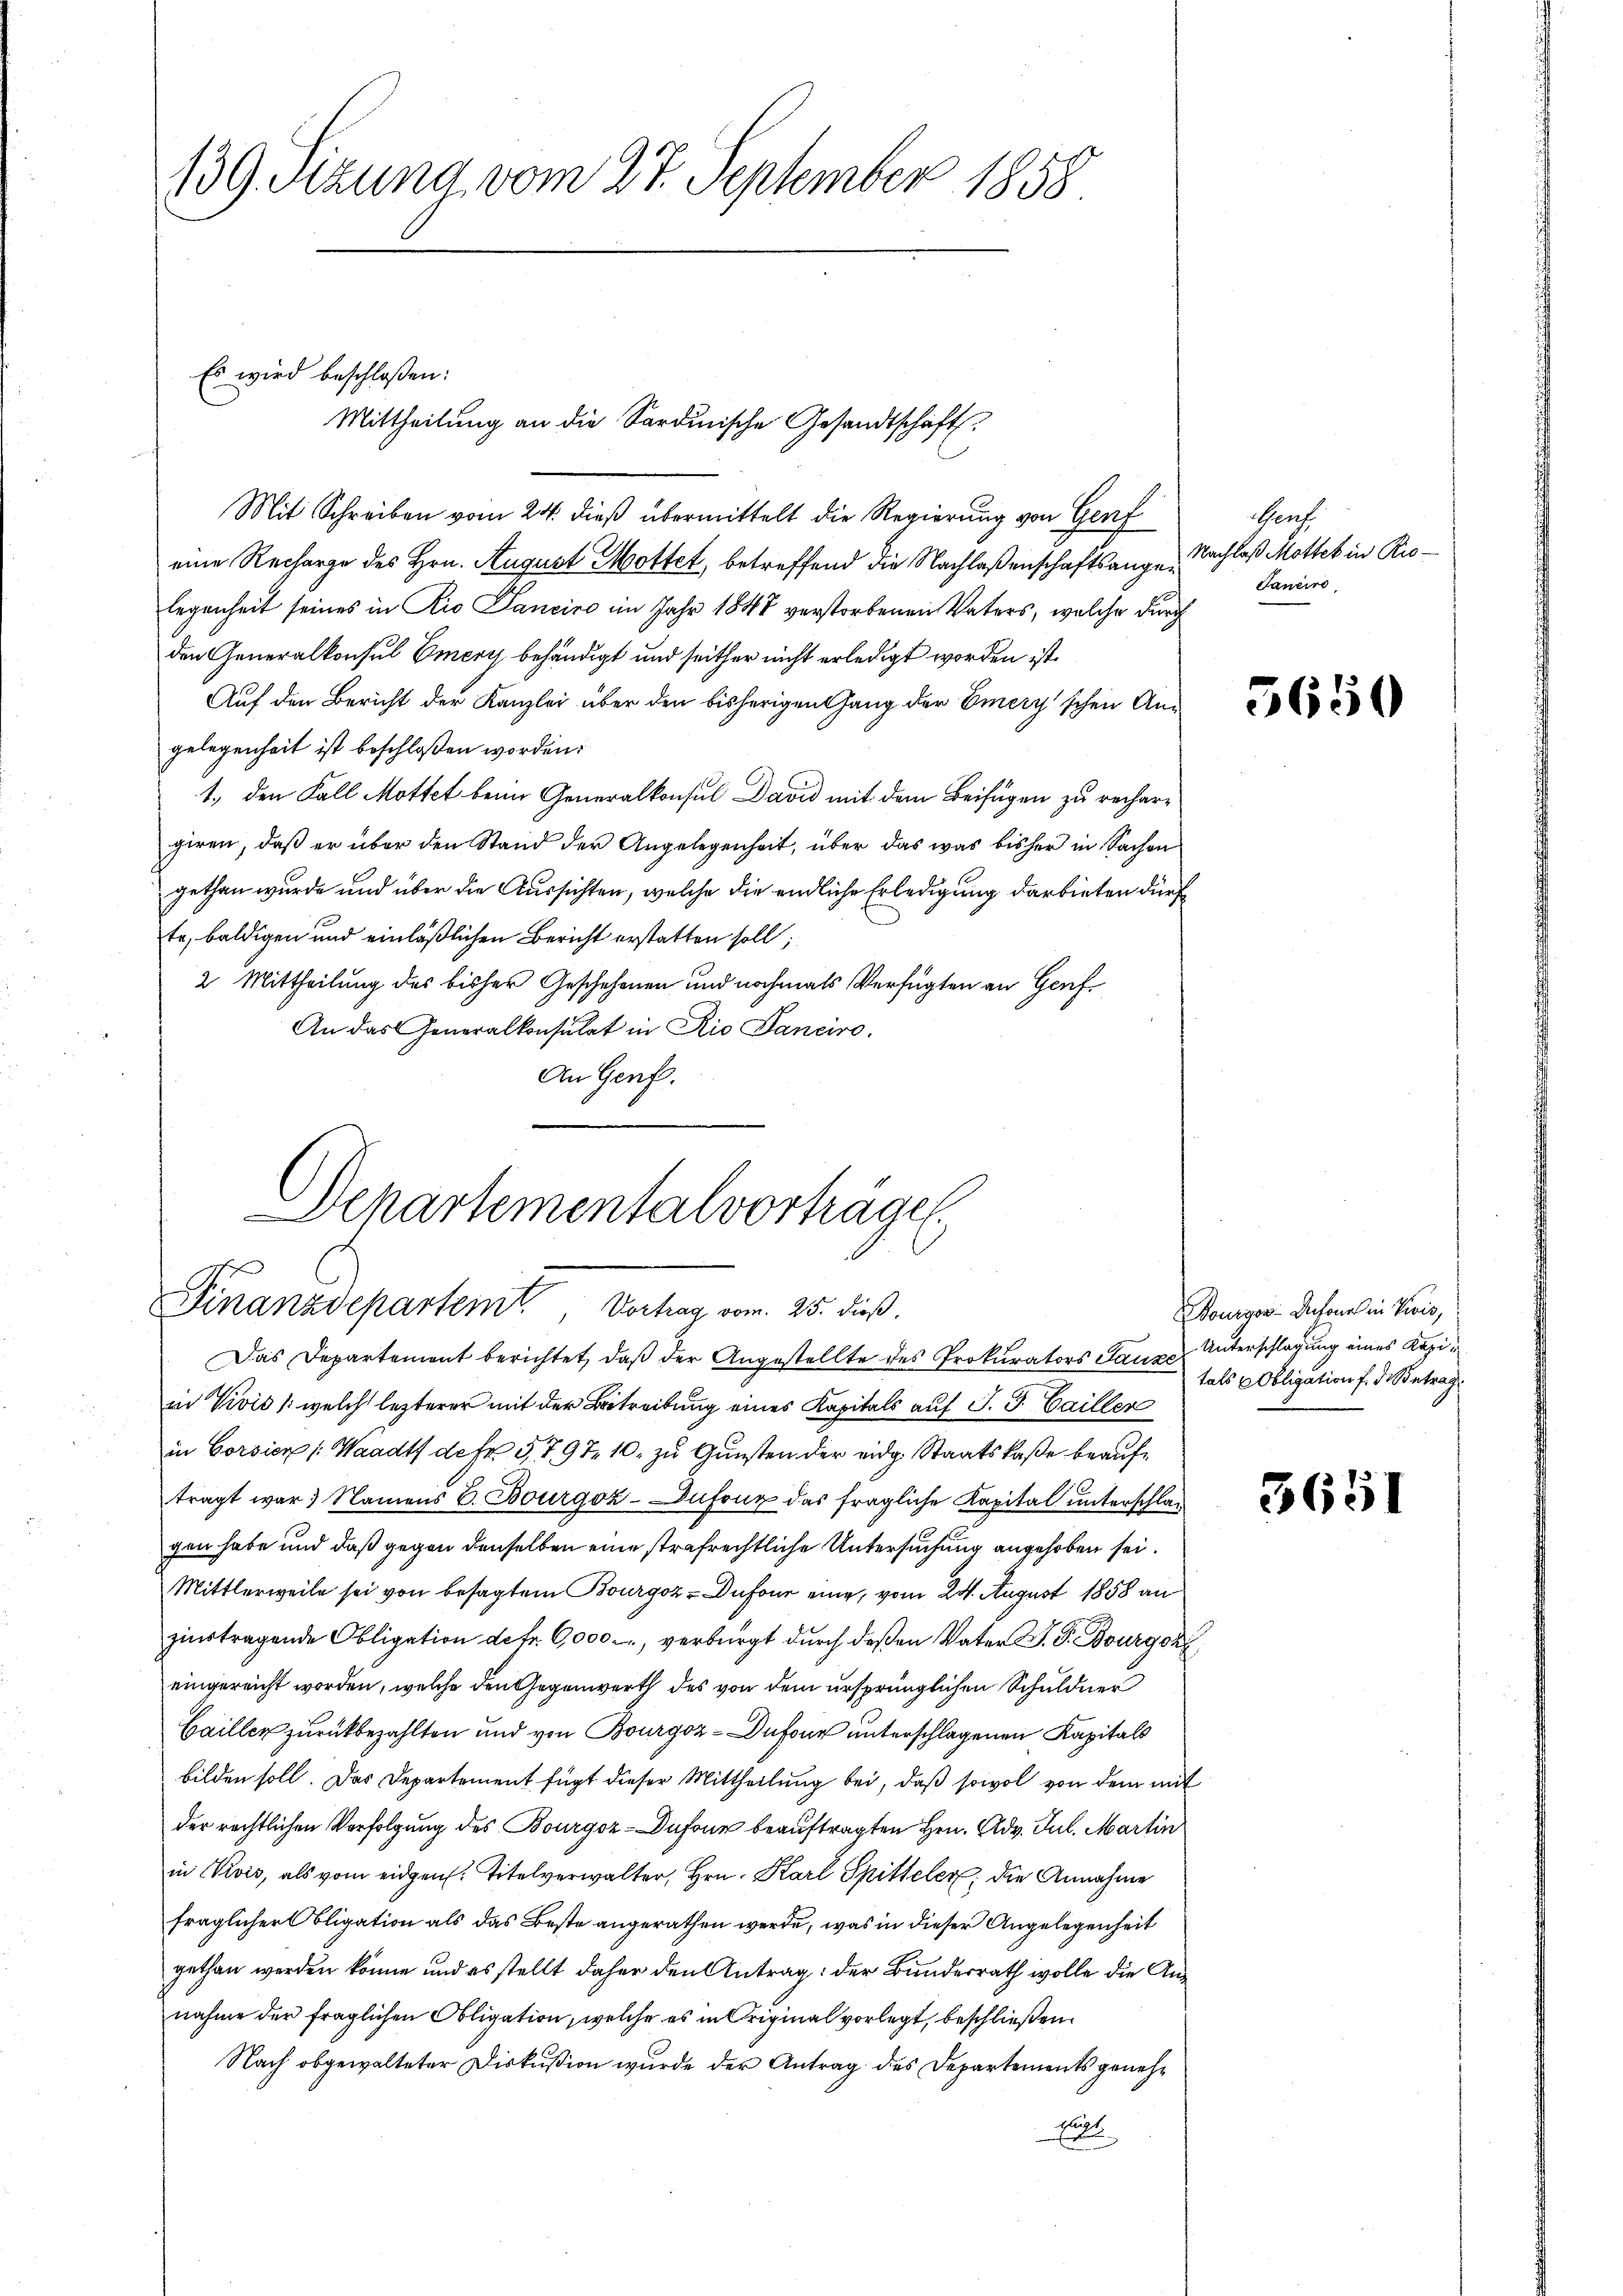
139 Sizung vom 27. September 1858.

Es wird beschloßen:
Mittheilung an die Sardinische Gesandtschaft.
Mit Schreiben vom 24. dieß übermittelt die Regierung von Genf

eine Recharge des Hrn. August Mottet, betreffend die Nachlaßenschaftsangelegenheit seines in Rio Sanciro im Jahr 1848 verstorbenen Vaters, welche durch
den Generalkonsul Emery behändigt und seither nicht erledigt worden ist.
Auf den Bericht der Kanzlei über den bisherigen Gang der Emery'schen Angelegenheit ist beschloßen worden.
1., den Fall Mottet beim Generalkonsul David mit dem Beifügen zu rechergiren, daß er über den Stand der Angelegenheit, über das was bisher in Sachen
gethan wurde und über die Aussichten, welche die endliche Erledigung darbieten dürf
te, baldigen und einläßlichen Bericht erstatten soll;
2 Mittheilung des bisher Geschehenen und nochmals Verfügten an Gach¬
An das Generalkonsulat in Rio Sanciro.
An Genf.

Schartementalvorträgen.
Finanzdepartemt Vortrag vom 25. dieß.

Das Departement berichtet, daß der Angestellte des Prokurators Ganze Unterschlagung eines Kapiin Vivis (welch lezterer mit der Betreibung eines Kapitals auf J. G. Cailler
in Corsien (Waadt de fr. 3, 797. 10. zu Gunsten der eidg. Staatskaße beauftragt war. Namens 6. Bourgoz-Infang das fragliche Kapital unterschlag
gen habe und daß gegen denselben eine strafrechtliche Untersuchung angehoben sei.
Mittlerweile sei von besagtem Bourgoz - Dufour eine, vom 24. August 1858 an
zinstragende Obligation detr. 6,000, verbürgt durch deßen Vater J. P. Bourgon
eingereicht worden, welche den Gegenwerth des von dem ursprünglichen Schuldner
Cailler zurückbezahlten und von Bourgoz-Dufour unterschlagenen Kapitals
bilden soll. Das Departement fügt dieser Mittheilung bei, daß sowol von dem mit
der rechtlichen Verfolgung des Bourgor-Dufour beauftragten Hrn. Adv. Jul. Martin
in Kois, als vom eidgen. Titelverwalter, Hrn. Karl Spitteler, die Annahme
fraglicher Obligation als das Beste angerathen werde, was in dieser Angelegenheit
gethan werden könne und es stellt daher den Antrag: der Bundesrath wolle die Ans
nahme der fraglichen Obligation, welche es in Original vorlegt, beschließen.
Nach obgewalteter Diskußion wurde der Antrag des Departements geneh¬
.
Cat.

Perf
Nachlaß Mottek in Rio¬
Janeiro

5650

Bourgor. Dechanch in Divis,
tals Obligation f. d. Betrag

3651